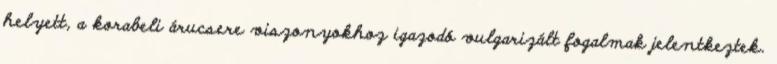
helyett, a korabeli árucsere viszonyokhoz igazodó vulgarizált fogalmak jelentkeztek.